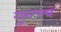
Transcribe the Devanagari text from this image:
गुन्त्स्च